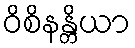
ဝိစိနန္တိယာ